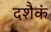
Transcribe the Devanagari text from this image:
दशैकं